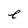
Character: e